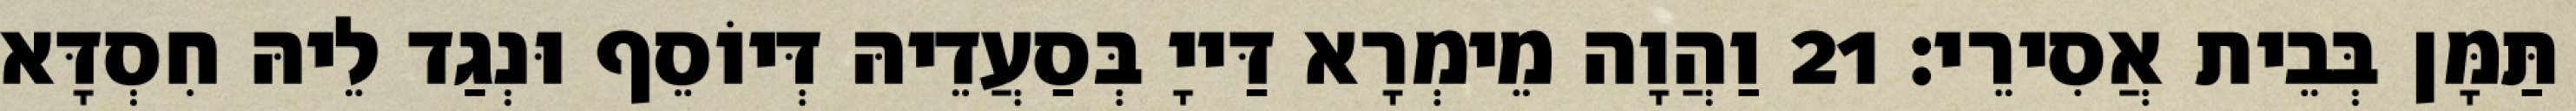
תַּמָּן בְּבֵית אֲסִירֵי׃ 21 וַהֲוָה מֵימְרָא דַּייָ בְּסַעֲדֵיהּ דְּיוֹסֵף וּנְגַד לֵיהּ חִסְדָּא